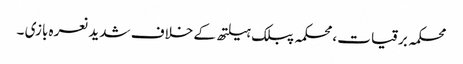
محکمہ برقیات ،محکمہ پبلک ہیلتھ کے خلاف شدید نعرہ بازی ۔